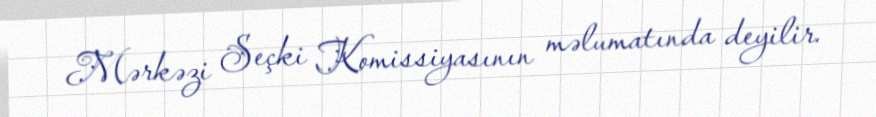
Mərkəzi Seçki Komissiyasının məlumatında deyilir.